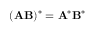
( \mathbf { A B } ) ^ { * } = \mathbf { A } ^ { * } \mathbf { B } ^ { * }